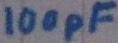
Text: 100pF